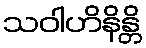
သဝါဟိနိန္တိ